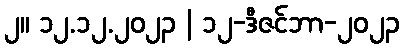
၂။ ၁၂.၁၂.၂၀၂၃ | ၁၂-ဒီဇင်ဘာ-၂၀၂၃